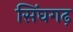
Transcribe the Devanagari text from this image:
सिंघगढ़